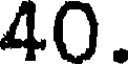
40.